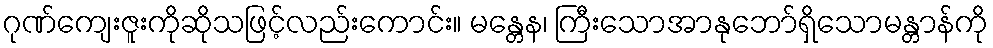
ဂုဏ်ကျေးဇူးကိုဆိုသဖြင့်လည်းကောင်း။ မန္တေန၊ ကြီးသောအာနုဘော်ရှိသောမန္တာန်ကို